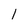
Character: 1